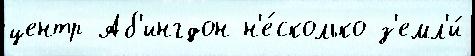
центр Аб'ингдон н'е́сколько з'емл'и́